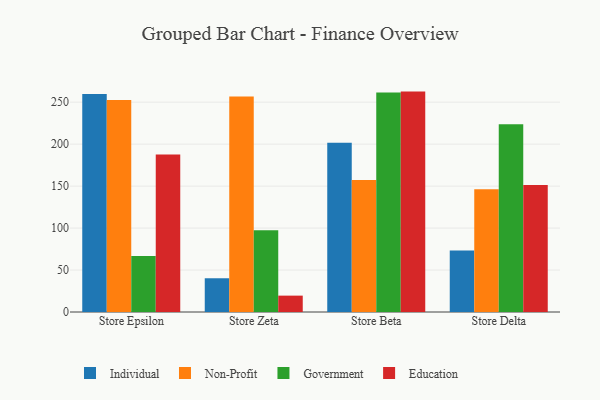
{"axis": {"x": "Store", "y": "Tickets Resolved"}, "legend": ["Education", "Government", "Individual", "Non-Profit"], "data": [{"x": "Store Epsilon", "y": 259.8, "type": "Individual"}, {"x": "Store Epsilon", "y": 252.6, "type": "Non-Profit"}, {"x": "Store Epsilon", "y": 66.6, "type": "Government"}, {"x": "Store Epsilon", "y": 187.7, "type": "Education"}, {"x": "Store Zeta", "y": 40.2, "type": "Individual"}, {"x": "Store Zeta", "y": 256.8, "type": "Non-Profit"}, {"x": "Store Zeta", "y": 97.5, "type": "Government"}, {"x": "Store Zeta", "y": 19.5, "type": "Education"}, {"x": "Store Beta", "y": 201.6, "type": "Individual"}, {"x": "Store Beta", "y": 157.2, "type": "Non-Profit"}, {"x": "Store Beta", "y": 261.4, "type": "Government"}, {"x": "Store Beta", "y": 262.6, "type": "Education"}, {"x": "Store Delta", "y": 73.3, "type": "Individual"}, {"x": "Store Delta", "y": 146.4, "type": "Non-Profit"}, {"x": "Store Delta", "y": 223.7, "type": "Government"}, {"x": "Store Delta", "y": 151.4, "type": "Education"}]}